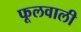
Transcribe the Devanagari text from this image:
फूलवाली